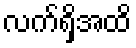
လက်ရှိအထိ